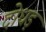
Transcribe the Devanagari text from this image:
दोधड़